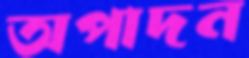
অপাদন